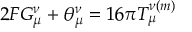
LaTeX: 2 F G _ { \mu } ^ { \nu } + \theta _ { \mu } ^ { \nu } = 1 6 \pi T _ { \mu } ^ { \nu ( m ) }